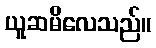
ယူဆမိလေသည်။